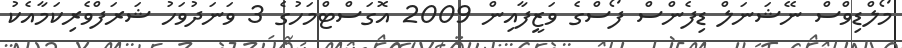
މޯލްޑިވްސް ނޭޝަނަލް ޑިފެންސް ފޯސްގެ ވަޒީފާއިން 2009 އޮގަސްޓްމަހުގެ 3 ވަނަދުވަހު ޝަރަފްވެރިކަމާއެކު